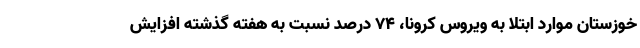
خوزستان موارد ابتلا به ویروس کرونا، ۷۴ درصد نسبت به هفته گذشته افزایش